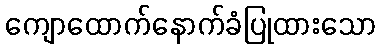
ကျောထောက်နောက်ခံပြုထားသော